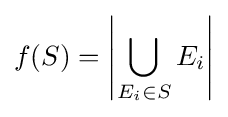
f(S)=\left|\bigcup _{E_{i}\in S}E_{i}\right|